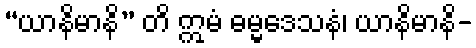
“ယာနိမာနိ” တိ ဣမံ ဓမ္မဒေသနံ၊ ယာနိမာနိ-